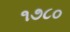
૧૭૮૦